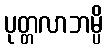
ပုတ္တလာဘမ္ပိ